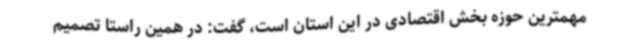
مهمترین حوزه بخش اقتصادی در این استان است، گفت: در همین راستا تصمیم